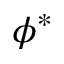
\phi ^ { * }